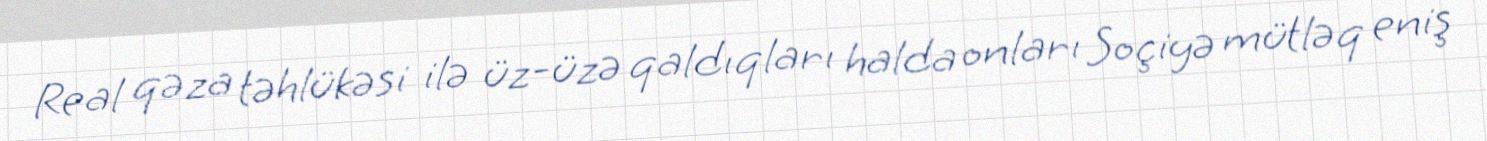
Real qəza təhlükəsi ilə üz-üzə qaldıqları halda onları Soçiyə mütləq eniş